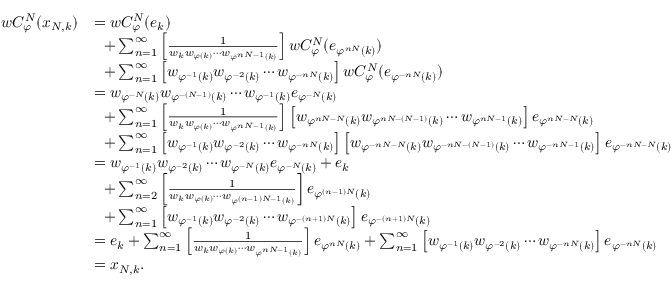
\begin{array} { r l } { w C _ { \varphi } ^ { N } ( x _ { N , k } ) } & { = w C _ { \varphi } ^ { N } ( e _ { k } ) } \\ & { \ \ + \sum _ { n = 1 } ^ { \infty } { \left[ \frac { 1 } { w _ { k } w _ { \varphi ( k ) } \cdots w _ { \varphi ^ { n N - 1 } ( k ) } } \right] w C _ { \varphi } ^ { N } ( e _ { \varphi ^ { n N } ( k ) } ) } } \\ & { \ \ + \sum _ { n = 1 } ^ { \infty } { \left[ w _ { \varphi ^ { - 1 } ( k ) } w _ { \varphi ^ { - 2 } ( k ) } \cdots w _ { \varphi ^ { - n N } ( k ) } \right] w C _ { \varphi } ^ { N } ( e _ { \varphi ^ { - n N } ( k ) } ) } } \\ & { = w _ { \varphi ^ { - N } ( k ) } w _ { \varphi ^ { - ( N - 1 ) } ( k ) } \cdots w _ { \varphi ^ { - 1 } ( k ) } e _ { \varphi ^ { - N } ( k ) } } \\ & { \ \ + \sum _ { n = 1 } ^ { \infty } { \left[ \frac { 1 } { w _ { k } w _ { \varphi ( k ) } \cdots w _ { \varphi ^ { n N - 1 } ( k ) } } \right] \left[ w _ { \varphi ^ { n N - N } ( k ) } w _ { \varphi ^ { n N - ( N - 1 ) } ( k ) } \cdots w _ { \varphi ^ { n N - 1 } ( k ) } \right] e _ { \varphi ^ { n N - N } ( k ) } } } \\ & { \ \ + \sum _ { n = 1 } ^ { \infty } { \left[ w _ { \varphi ^ { - 1 } ( k ) } w _ { \varphi ^ { - 2 } ( k ) } \cdots w _ { \varphi ^ { - n N } ( k ) } \right] \left[ w _ { \varphi ^ { - n N - N } ( k ) } w _ { \varphi ^ { - n N - ( N - 1 ) } ( k ) } \cdots w _ { \varphi ^ { - n N - 1 } ( k ) } \right] e _ { \varphi ^ { - n N - N } ( k ) } } } \\ & { = w _ { \varphi ^ { - 1 } ( k ) } w _ { \varphi ^ { - 2 } ( k ) } \cdots w _ { \varphi ^ { - N } ( k ) } e _ { \varphi ^ { - N } ( k ) } + e _ { k } } \\ & { \ \ + \sum _ { n = 2 } ^ { \infty } { \left[ \frac { 1 } { w _ { k } w _ { \varphi ( k ) } \cdots w _ { \varphi ^ { ( n - 1 ) N - 1 } ( k ) } } \right] e _ { \varphi ^ { ( n - 1 ) N } ( k ) } } } \\ & { \ \ + \sum _ { n = 1 } ^ { \infty } { \left[ w _ { \varphi ^ { - 1 } ( k ) } w _ { \varphi ^ { - 2 } ( k ) } \cdots w _ { \varphi ^ { - ( n + 1 ) N } ( k ) } \right] e _ { \varphi ^ { - ( n + 1 ) N } ( k ) } } } \\ & { = e _ { k } + \sum _ { n = 1 } ^ { \infty } { \left[ \frac { 1 } { w _ { k } w _ { \varphi ( k ) } \cdots w _ { \varphi ^ { n N - 1 } ( k ) } } \right] e _ { \varphi ^ { n N } ( k ) } } + \sum _ { n = 1 } ^ { \infty } { \left[ w _ { \varphi ^ { - 1 } ( k ) } w _ { \varphi ^ { - 2 } ( k ) } \cdots w _ { \varphi ^ { - n N } ( k ) } \right] e _ { \varphi ^ { - n N } ( k ) } } } \\ & { = x _ { N , k } . } \end{array}